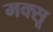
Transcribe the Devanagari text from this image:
मक्सू